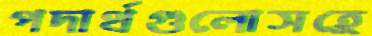
পদার্থগুলোসহ্রে